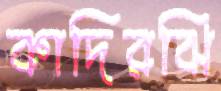
কাদিরঝি